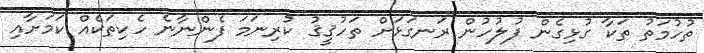
ތުހުމަތު ތަކާ ގުޅިގެން ފުލުހުން ރަނގަޅަށް ތަހުޤީޤު ކުރިނަމަ ފެންނާނެ ހެކިތަކެއް ކަމަށާއި